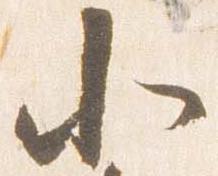
北